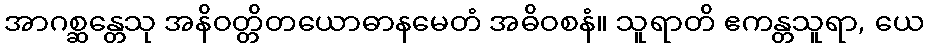
အာဂစ္ဆန္တေသု အနိဝတ္တိတယောဓာနမေတံ အဓိဝစနံ။ သူရာတိ ဧကန္တသူရာ, ယေ